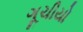
ગૂચીયો